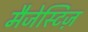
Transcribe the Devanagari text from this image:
मैजेस्टिज़